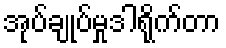
အုပ်ချုပ်မှုဒါရိုက်တာ